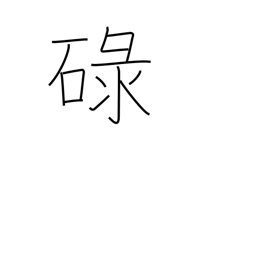
Meaning: satisfactory